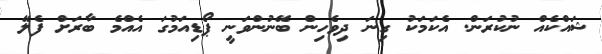
ޝައްކެއް ނުކުރަން. އެކަމަކު ގިނަ ދިވެހިން ބޭނުންވަނީ ޕޯޑިއަމުގަ އެއްމެ ބާރަށް ފެލޭ